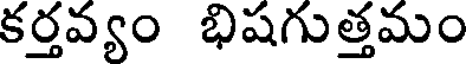
కర్తవ్యం భిషగుత్తమం